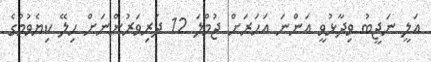
އަލީ ނަޖީބު ވިދާޅުވީ އަންނަ އަހަރަށް ޖުމްލަ 12 ދަރިވަރުންނަށް ހިލޭ ކިޔެވުމުގެ